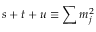
s + t + u \equiv \sum m _ { j } ^ { 2 }